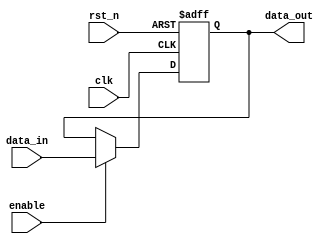
module parameterized_register #(
    parameter WIDTH = 8  // Default width of the register
)(
    input wire clk,       // Clock input
    input wire rst_n,     // Asynchronous active-low reset
    input wire enable,    // Enable signal
    input wire [WIDTH-1:0] data_in, // Data input
    output reg [WIDTH-1:0] data_out  // Data output
);

// Always block for synchronous operation
always @(posedge clk or negedge rst_n) begin
    if (!rst_n) begin
        // Asynchronous reset: initialize register to zero
        data_out <= {WIDTH{1'b0}};
    end else if (enable) begin
        // Capture input data on clock edge when enabled
        data_out <= data_in;
    end
    // If enable is low, retain current value of data_out
end

endmodule